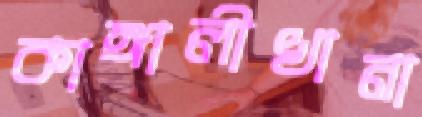
কাঙ্গালীখানা